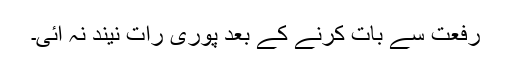
رفعت سے بات کرنے کے بعد پوری رات نیند نہ آئی۔